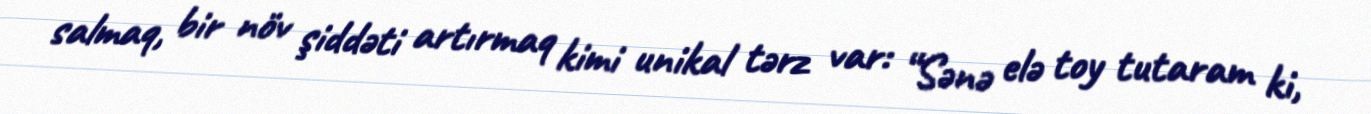
salmaq, bir növ şiddəti artırmaq kimi unikal tərz var: “Sənə elə toy tutaram ki,